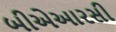
બીએઆરસી